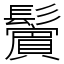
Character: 𩯭